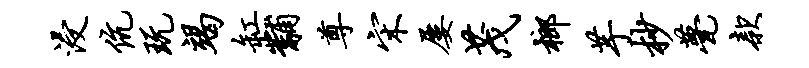
浸伉玩竭缸黼尊宋屡茂榔芋杪甍款